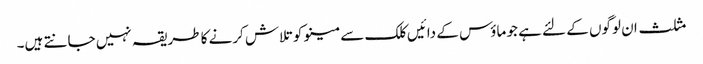
مثلث ان لوگوں کے لئے ہے جو ماؤس کے دائیں کلک سے مینو کو تلاش کرنے کا طریقہ نہیں جانتے ہیں۔